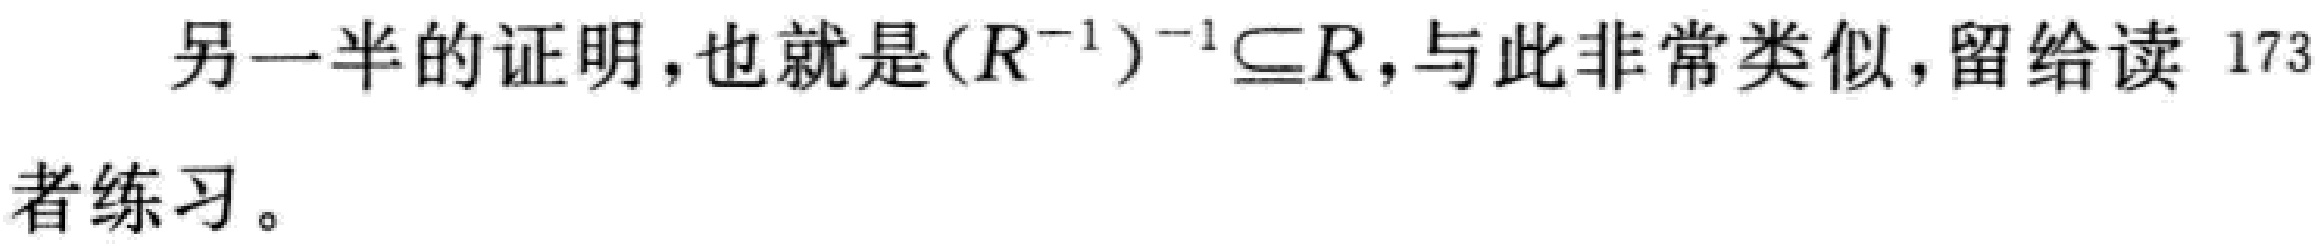
另一半的证明，也就是\((R^{-1})^{-1}\subseteq R\)，与此非常类似，留给读 173
者练习。